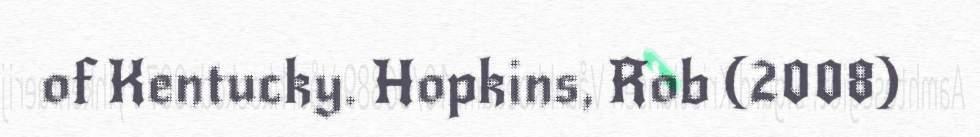
of Kentucky. Hopkins, Rob (2008)